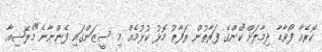
ކޮރެއާ ފޯވާޑާ ދިމާލަށް"ކޭންގެ ފަރާތުން ތަފާތު މޮޅު ކުޅުމެއް މި ސީޒަންގައި ފެންނާނެ"މެލޭޝިއާ